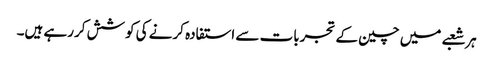
ہر شعبے میں چین کے تجربات سے استفادہ کرنے کی کوشش کررہے ہیں۔